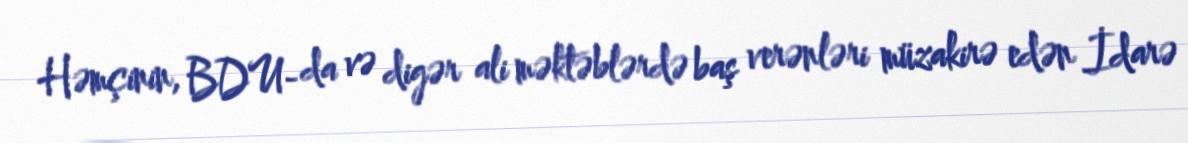
Həmçinin, BDU- da və digər ali məktəblərdə baş verənləri müzakirə edən İdarə